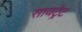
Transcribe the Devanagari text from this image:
सायट्रेट